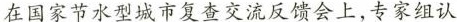
在国家节水型城市复查交流反馈会上，专家组认